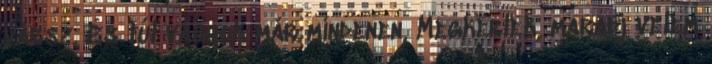
vársz. És túl vagyok már mindenen, Megkérlek, maradj velem